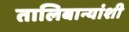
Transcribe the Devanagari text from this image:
तालिबान्यांशी